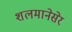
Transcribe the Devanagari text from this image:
शलमानेसेर